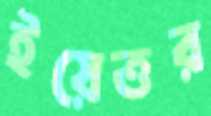
ইয়েত্তর